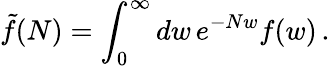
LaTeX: {\tilde{f}}(N)=\int_{0}^{\infty}dw\, e^{-Nw}f(w)\, .